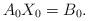
LaTeX: \begin{align*} A_0 X_0=B_0.\end{align*}